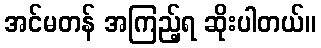
အင်မတန် အကြည့်ရ ဆိုးပါတယ်။